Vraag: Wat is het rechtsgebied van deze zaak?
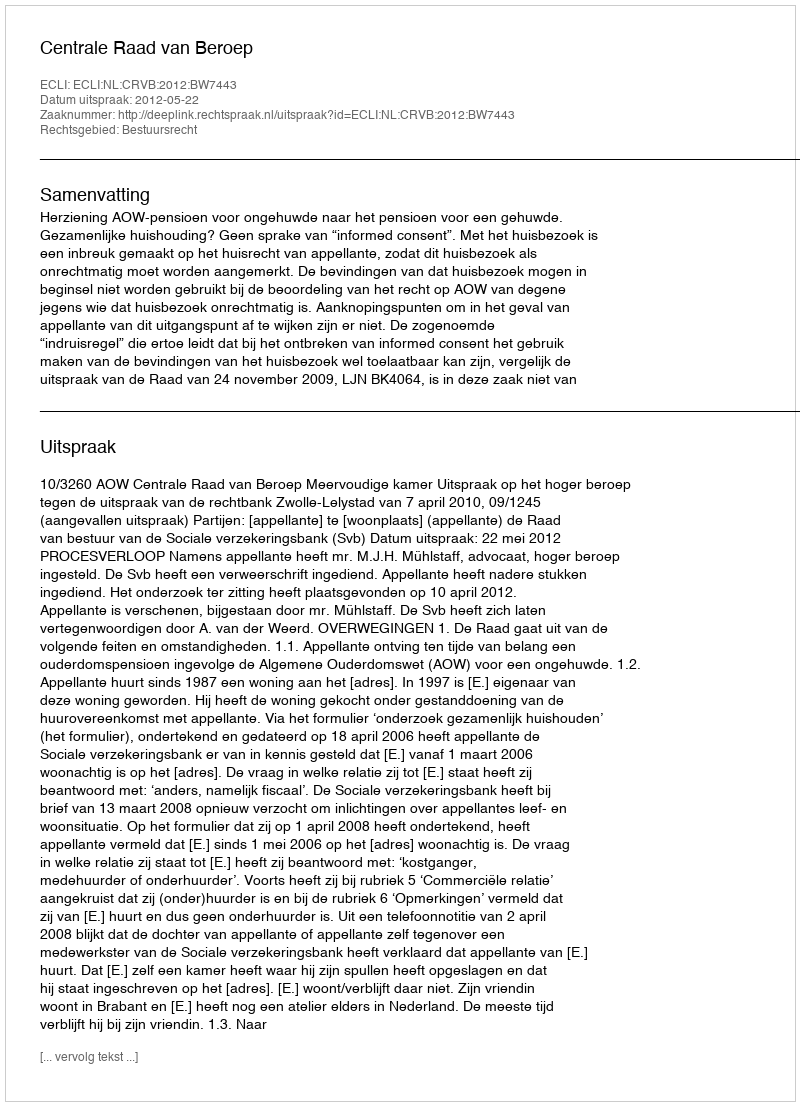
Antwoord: Bestuursrecht